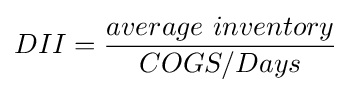
DII={\dfrac {average~inventory}{COGS/Days}}